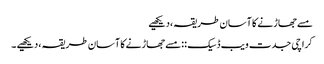
مسے جھاڑنے کا آسان طریقہ ،دیکھیے
کراچی جدت ویب ڈسیک ::مسے جھاڑنے کا آسان طریقہ ،دیکھیے ۔